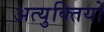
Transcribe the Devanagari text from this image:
अत्युक्तियों